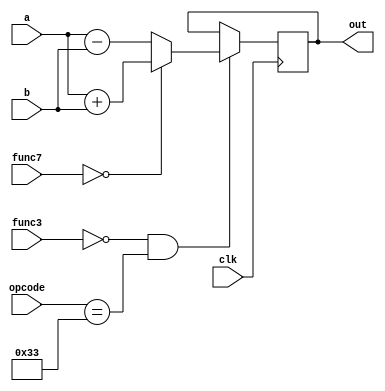
`timescale 1ns / 1ps
//////////////////////////////////////////////////////////////////////////////////
// Company: 
// Engineer: 
// 
// Design Name: 
// Module Name: tb
// Project Name: 
// Target Devices: 
// Tool Versions: 
// Description: 
// 
// Dependencies: 
// 
// Revision:
// Revision 0.01 - File Created
// Additional Comments:
// 
//////////////////////////////////////////////////////////////////////////////////

module alu(input clk, input [6:0]func7, input [2:0]func3, input [6:0]opcode, input [31:0]a, input [31:0]b, output [31:0]out);
    reg [31:0]hold;
    always @(posedge clk)begin
        if(func3==3'b000 && opcode==7'b0110011) begin
            if(func7 == 7'b0000000)begin
                hold = a + b; 
            end
            else begin
                hold = a - b;
            end
        end
    end
    assign out = hold; 
endmodule